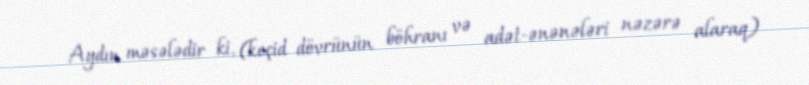
Aydın məsələdir ki, (keçid dövrünün böhranı və adət-ənənələri nəzərə alaraq)